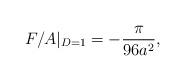
LaTeX: \begin{align*}F/A|_{D=1} =-{\pi\over 96 a^2},\end{align*}